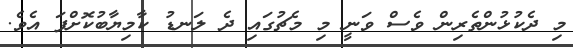
މި ދެކުޅުންތެރިން ވެސް ވަނީ މި މެޗުގައި ދެ ލަނޑު ކާމިޔާބުކޮށްފަ އެވެ.